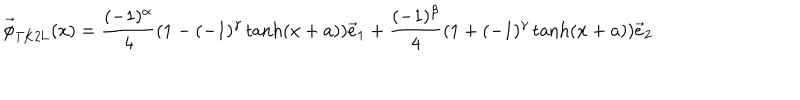
\vec { \phi } _ { \mathrm { T K 2 L } } ( x ) = \frac { ( - 1 ) ^ { \alpha } } { 4 } ( 1 - ( - 1 ) ^ { \gamma } \tanh ( x + a ) ) \vec { e } _ { 1 } + \frac { ( - 1 ) ^ { \beta } } { 4 } ( 1 + ( - 1 ) ^ { \gamma } \tanh ( x + a ) ) \vec { e } _ { 2 }